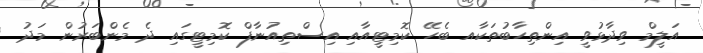
އަލީމް ވިދާޅުވީ އިންތިހާބުތަކާއ ބެހޭ ކޮމިޓީއާއި އިސްތިއުނާފް ކޮމިޓީގައި ދެ މެންބަރުން މަދު